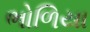
ભોળિયા